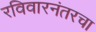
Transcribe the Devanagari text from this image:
रविवारनंतरचा